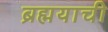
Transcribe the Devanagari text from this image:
ब्रह्मयाची